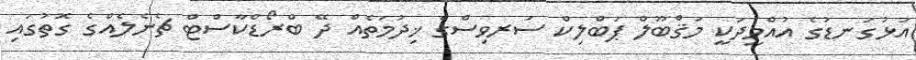
އަޅުގަނޑުގެ އުއްމީދަކީ މަޤްބޫލް ޕަބްލިކް ސަރވިސްގެ ޚިދުމަތެއް ދޭ ބްރޯޑްކާސްޓް ޗެނެލެއްގެ ގޮތުގައި